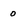
Character: 0